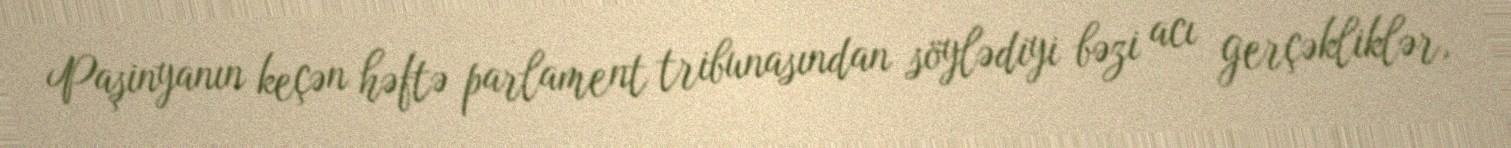
Paşinyanın keçən həftə parlament tribunasından söylədiyi bəzi acı gerçəkliklər,